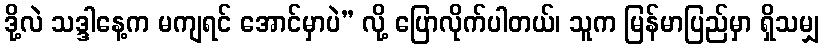
ဒို့လဲ သဒ္ဒါနေ့က မကျရင် အောင်မှာပဲ” လို့ ပြောလိုက်ပါတယ်၊ သူက မြန်မာပြည်မှာ ရှိသမျှ